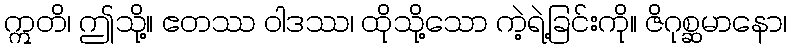
ဣတိ၊ ဤသို့။ ဧတဿ ဝါဒဿ၊ ထိုသို့သော ကဲ့ရဲ့ခြင်းကို။ ဇိဂုစ္ဆမာနော၊